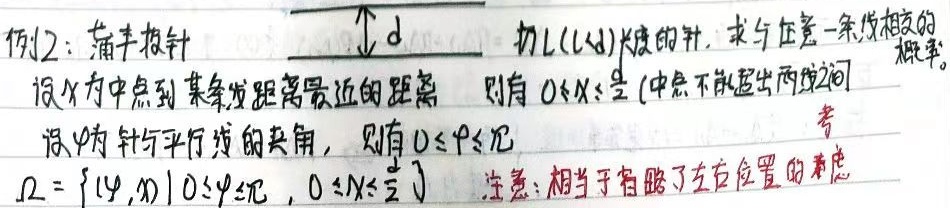
例2：蒲丰投针扔\(L(L < d)\)长度的针，求与任意一条线相交的概率。
设\(X\)为中点到某条线距离最近的距离，则有\(0\leq X\leq \frac{d}{2}\)（中点不能超出两线之间）。
设\(\varphi\)为针与平行线的夹角，则有\(0\leq\varphi\leq\pi\)。
\(\Omega = \{ (\varphi,x) | 0\leq\varphi\leq\pi,0\leq x\leq\frac{d}{2}\}\) 注意：相当于有略了左右位置的考虑